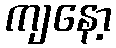
ကျနော့